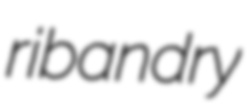
ribandry